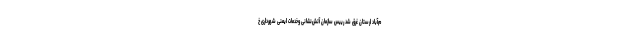
م‌آباد لرستان غرق شد رییس سازمان آتش‌نشانی وخدمات ایمنی شهرداری خ